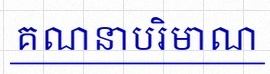
គណនាបរិមាណ